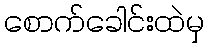
စောက်ခေါင်းထဲမှ